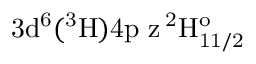
\mathrm { 3 d ^ { 6 } ( ^ { 3 } H ) 4 p \ z \, ^ { 2 } H _ { 1 1 / 2 } ^ { o } }